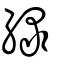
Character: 綠